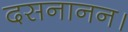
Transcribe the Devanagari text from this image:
दसनानन।